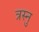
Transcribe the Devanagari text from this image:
त्रस्नु